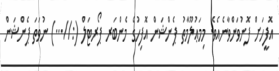
އޮފީހަށް ފޮނުވަންވާނެއެވެ. މިމަޢުލޫމާތު ޕެންޝަން އޮފިހުގެ މެންބަރ ޕޯރޓަލް (://...) ނުވަތަ ޕެންޝަން